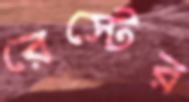
রেস্টের